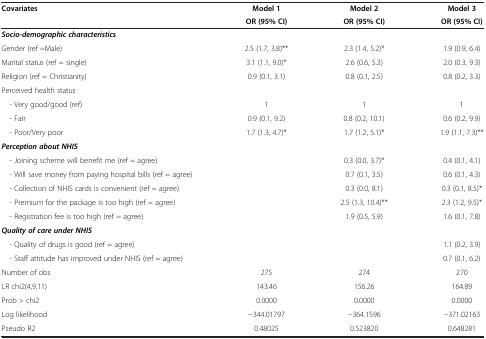
| Covariates | Model 1 | Model 2 | Model 3 |
 |  | OR (95% CI) | OR (95% CI) | OR (95% CI) |
 | --- | --- | --- | --- |
 | Socio-demographic characteristics |  |  |  |
 | Gender (ref =Male) | 2.5 (1.7, 3.8)** | 2.3 (1.4, 5.2)* | 1.9 (0.9, 6.4) |
 | Marital status (ref = single) | 3.1 (1.1, 9.0)* | 2.6 (0.6, 5.3) | 2.0 (0.3, 9.3) |
 | Religion (ref = Christianity) | 0.9 (0.1, 3.1) | 0.8 (0.1, 2.5) | 0.8 (0.2, 3.3) |
 | Perceived health status |  |  |  |
 | - Very good/good (ref) | 1 | 1 | 1 |
 | - Fair | 0.9 (0.1, 9.2) | 0.8 (0.2, 10.1) | 0.6 (0.2, 9.9) |
 | - Poor/Very poor | 1.7 (1.3, 4.7)* | 1.7 (1.2, 5.1)* | 1.9 (1.1, 7.3)** |
 | Perception about NHIS |  |  |  |
 | - Joining scheme will benefit me (ref = agree) |  | 0.3 (0.0, 3.7)* | 0.4 (0.1, 4.1) |
 | - Will save money from paying hospital bills (ref = agree) |  | 0.7 (0.1, 3.5) | 0.6 (0.1, 4.3) |
 | - Collection of NHIS cards is convenient (ref = agree) |  | 0.3 (0.0, 8.1) | 0.3 (0.1, 8.5)* |
 | - Premium for the package is too high (ref = agree) |  | 2.5 (1.3, 10.4)** | 2.3 (1.2, 9.5)* |
 | - Registration fee is too high (ref = agree) |  | 1.9 (0.5, 5.9) | 1.6 (0.1, 7.8) |
 | Quality of care under NHIS |  |  |  |
 | - Quality of drugs is good (ref = agree) |  |  | 1.1 (0.2, 3.9) |
 | - Staff attitude has improved under NHIS (ref = agree) |  |  | 0.7 (0.1, 6.2) |
 | Number of obs | 275 | 274 | 270 |
 | LR chi2(4,9,11) | 143.46 | 156.26 | 164.89 |
 | Prob > chi2 | 0.0000 | 0.0000 | 0.0000 |
 | Log likelihood | −344.01797 | −364.1596 | −371.02163 |
 | Pseudo R2 | 0.48025 | 0.523820 | 0.648281 |